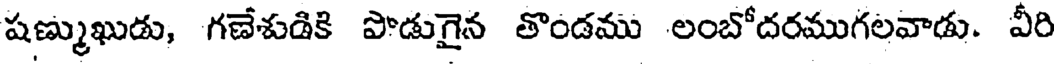
షణ్ముఖుడు, గణేశుడికి పొడుగైన తొండము లంబోదరముగలవాడు. వీరి